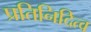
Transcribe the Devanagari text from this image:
प्रतिनिदित्व